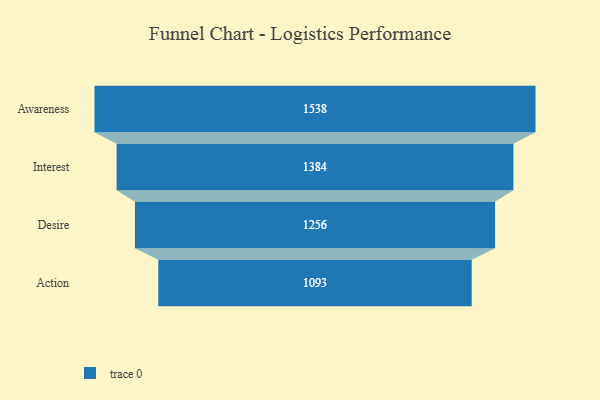
{"axis": {"x": "Stage", "y": "Value"}, "legend": [""], "data": [{"x": "Awareness", "y": 1538.0, "type": ""}, {"x": "Interest", "y": 1384.0, "type": ""}, {"x": "Desire", "y": 1256.0, "type": ""}, {"x": "Action", "y": 1093.0, "type": ""}]}